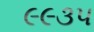
૯૯૩૫